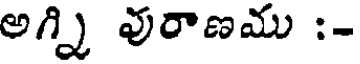
అగ్ని వురాణము :-